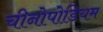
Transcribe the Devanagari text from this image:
चीनोपोडियम